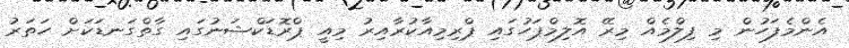
އެންމެފަހުން މި ފިލްމެއް މިރޭ އޮލިމްޕަހުގައި ޕްރިމިއާކުރާއިރު މިއީ ޕްރޮޑަކްޝަނުގައި ގާތްގަނޑަކަށް ހަތަރު